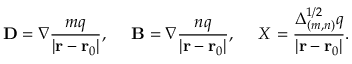
{ \bf D } = \nabla { \frac { m q } { | { \bf r } - { \bf r } _ { 0 } | } } , \ \ \ \ { \bf B } = \nabla { \frac { n q } { | { \bf r } - { \bf r } _ { 0 } | } } , \ \ \ \ X = { \frac { \Delta _ { ( m , n ) } ^ { 1 / 2 } q } { | { \bf r } - { \bf r } _ { 0 } | } } .